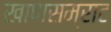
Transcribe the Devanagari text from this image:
खाणसम्राट